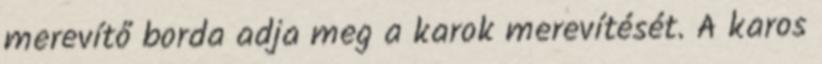
merevítő borda adja meg a karok merevítését. A karos